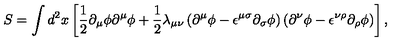
S = \int d ^ { 2 } x \left[ { \frac 1 2 } { \partial } _ { \mu } { \phi } { \partial } ^ { \mu } { \phi } + { \frac 1 2 } { \lambda } _ { { \mu } { \nu } } \left( { \partial } ^ { \mu } { \phi } - { \epsilon } ^ { { \mu } { \sigma } } { \partial } _ { \sigma } { \phi } \right) \left( { \partial } ^ { \nu } { \phi } - { \epsilon } ^ { { \nu } { \rho } } { \partial } _ { \rho } { \phi } \right) \right] ,